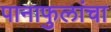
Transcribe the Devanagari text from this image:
पानाफुलांचा